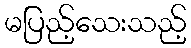
မပြည့်သေးသည့်